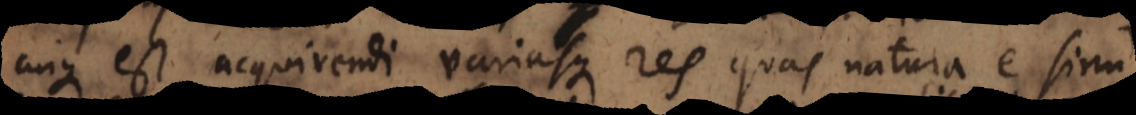
cuique est acquirendi variasque res quas natura e sinu